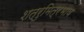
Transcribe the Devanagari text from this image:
शत्रुमित्रभाव